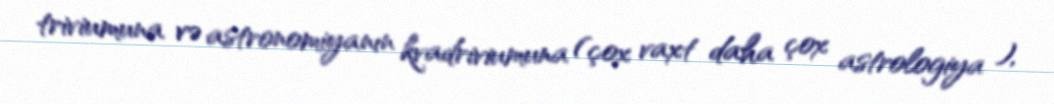
triviumuna və astronomiyanın kvadriviumuna (çox vaxt daha çox astrologiya ),